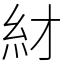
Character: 䊷